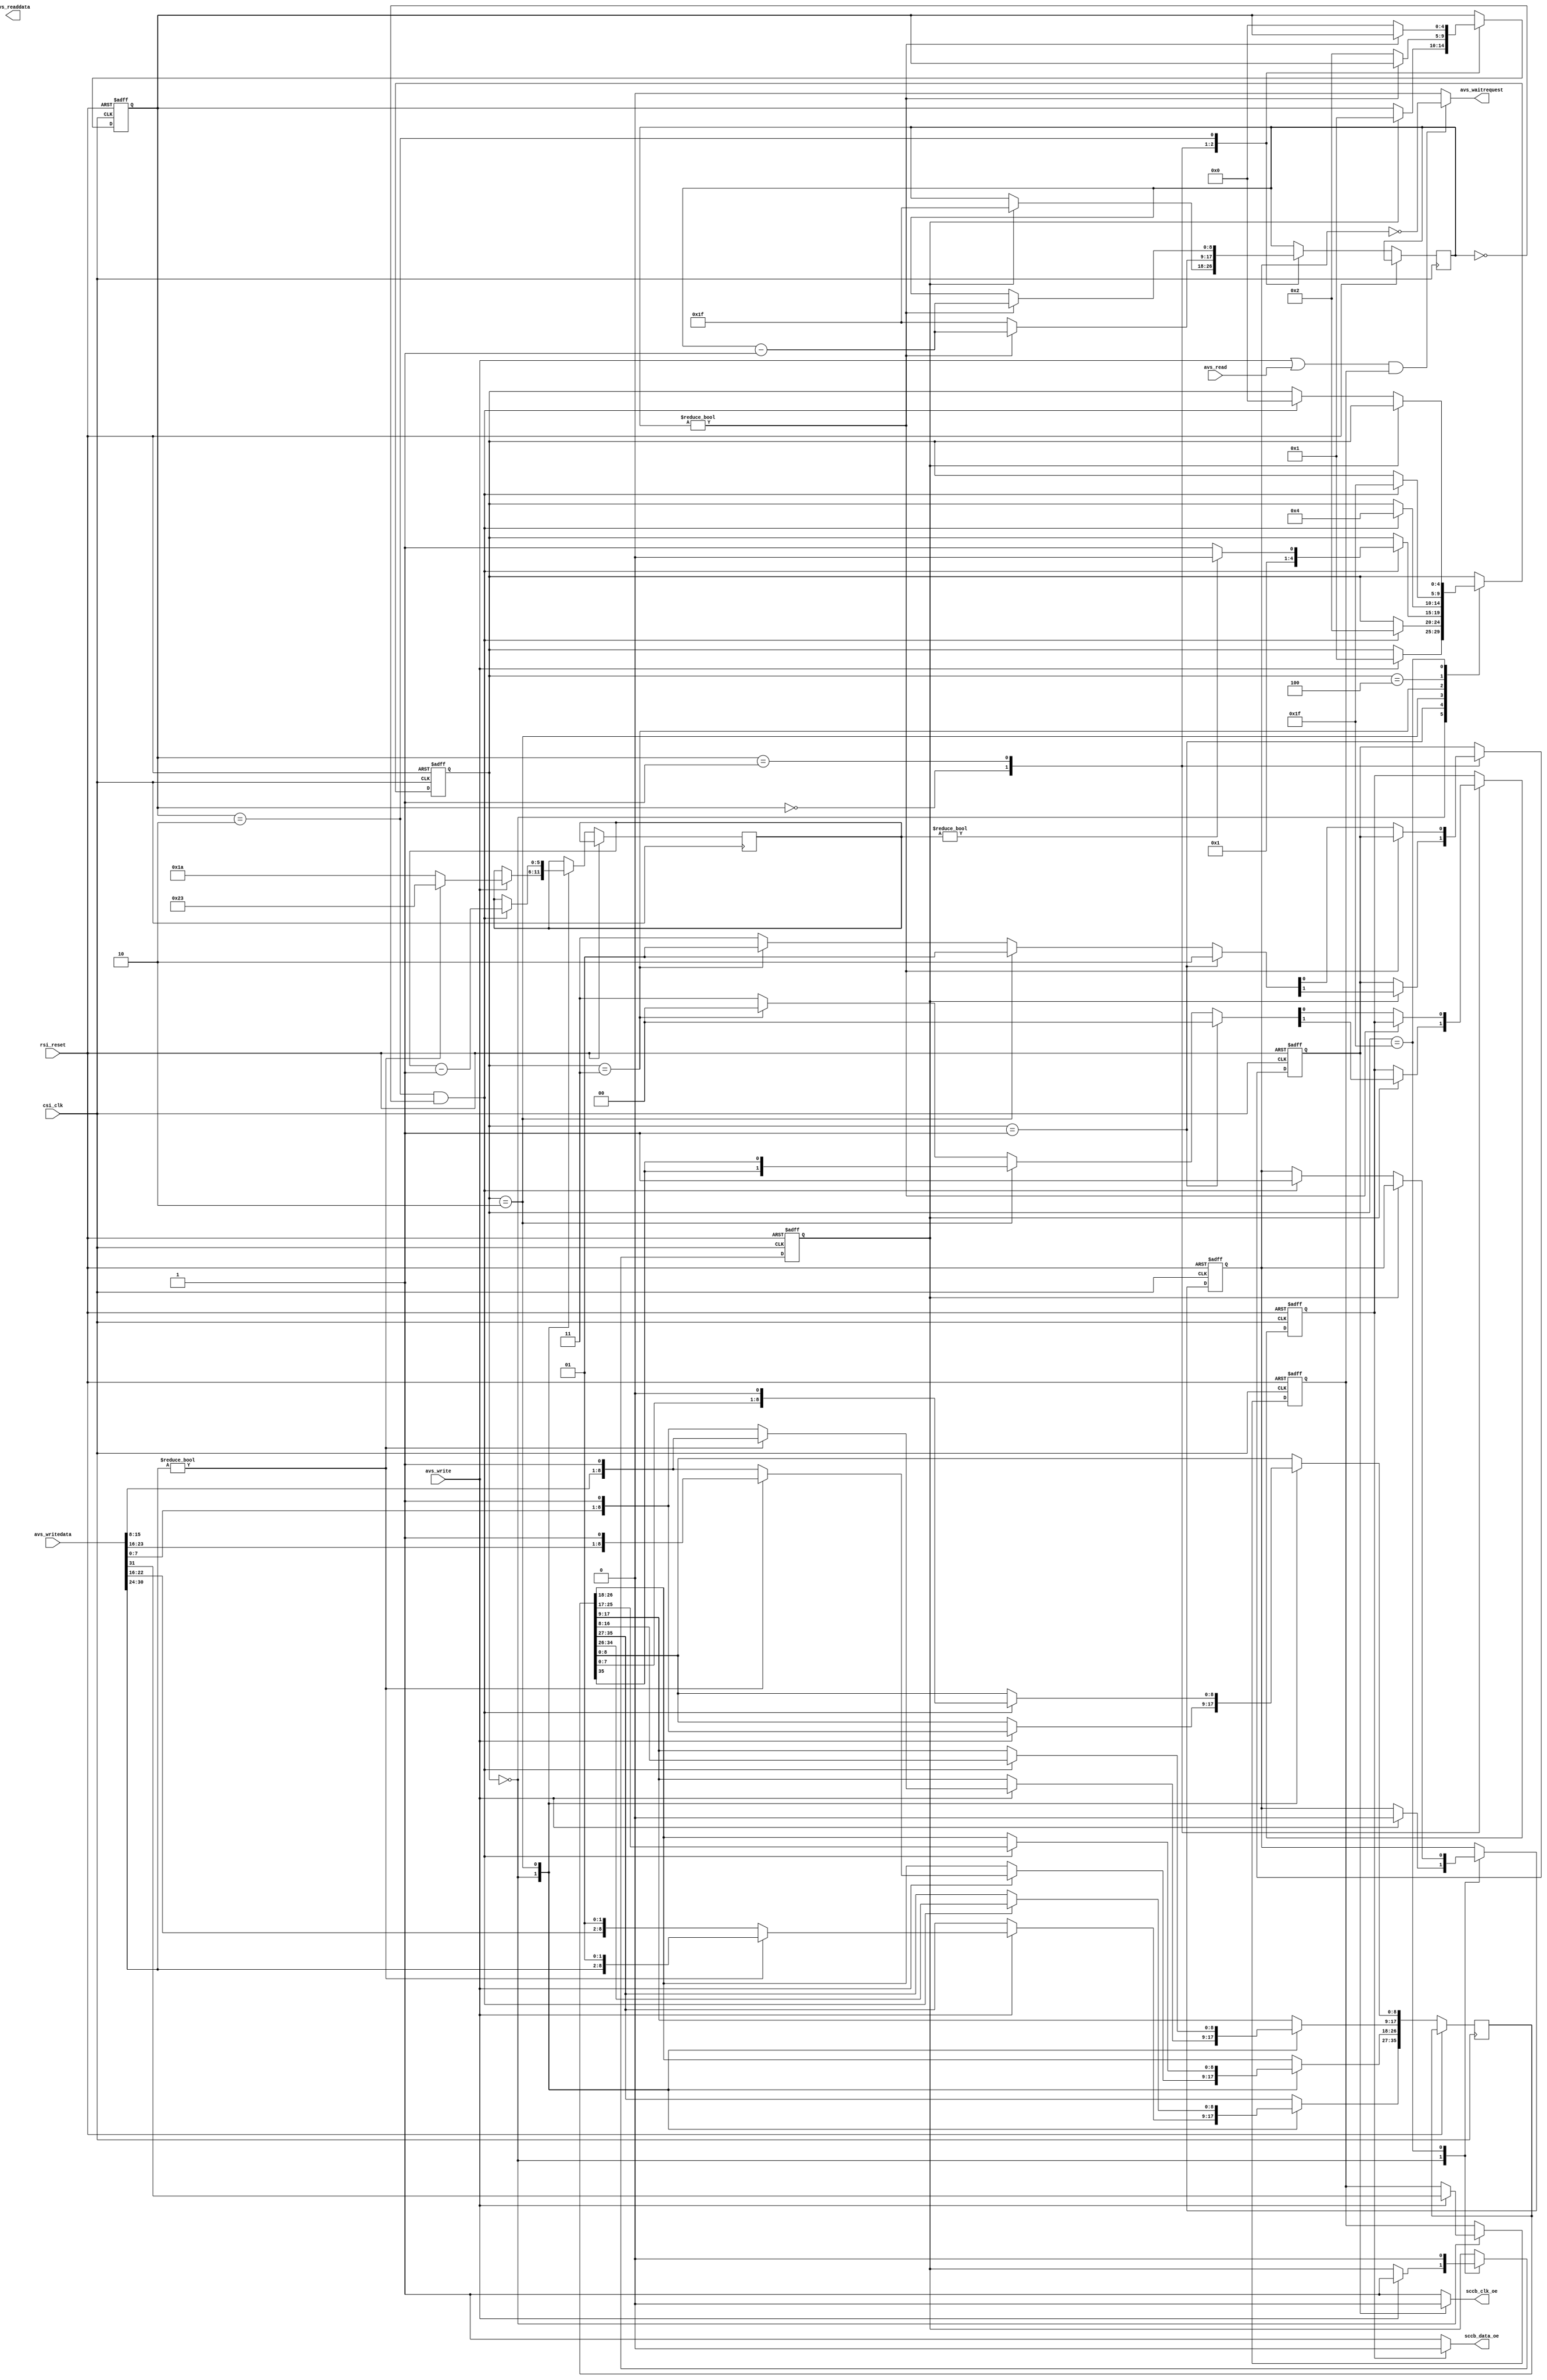
// ===================================================================
// TITLE : PERIDOT-NGS / Simple SCCB host
//
//   DEGISN : S.OSAFUNE (J-7SYSTEM WORKS LIMITED)
//   MODIFY : 2022/12/07 (4-phase write)
//
// ===================================================================
//
// The MIT License (MIT)
// Copyright (c) 2017,2018 J-7SYSTEM WORKS LIMITED.
//
// Permission is hereby granted, free of charge, to any person obtaining a copy of
// this software and associated documentation files (the "Software"), to deal in
// the Software without restriction, including without limitation the rights to
// use, copy, modify, merge, publish, distribute, sublicense, and/or sell copies
// of the Software, and to permit persons to whom the Software is furnished to do
// so, subject to the following conditions:
//
// The above copyright notice and this permission notice shall be included in all
// copies or substantial portions of the Software.
//
// THE SOFTWARE IS PROVIDED "AS IS", WITHOUT WARRANTY OF ANY KIND, EXPRESS OR
// IMPLIED, INCLUDING BUT NOT LIMITED TO THE WARRANTIES OF MERCHANTABILITY,
// FITNESS FOR A PARTICULAR PURPOSE AND NONINFRINGEMENT. IN NO EVENT SHALL THE
// AUTHORS OR COPYRIGHT HOLDERS BE LIABLE FOR ANY CLAIM, DAMAGES OR OTHER
// LIABILITY, WHETHER IN AN ACTION OF CONTRACT, TORT OR OTHERWISE, ARISING FROM,
// OUT OF OR IN CONNECTION WITH THE SOFTWARE OR THE USE OR OTHER DEALINGS IN THE
// SOFTWARE.
//

// reg00(+0)  bit31:waitena(W)/busy(R)
//            bit22-16:devaddr(W), bit15-8:subaddr(W), bit7-0:data(W) : 3-phase write (bit30-24 must be 0)
//            bit30-24:devaddr(W), bit23-8:subaddr(W), bit7-0:data(W) : 4-phase write


// Verilog-2001 / IEEE 1364-2001
`default_nettype none

module peridot_cam_sccb #(
	parameter AVS_CLOCKFREQ			= 25000000,			// peripheral drive clock freq(Hz) - up to 100MHz
	parameter SCCB_CLOCKFREQ		= 400000			// SCCB clock freq(Hz) - 400kHz typ
) (
	// Interface: clk
	input wire			csi_clk,
	input wire			rsi_reset,

	// Interface: Avalon-MM slave
	input wire			avs_read,			// read  0-setup,0-wait,0-hold
	output wire [31:0]	avs_readdata,
	input wire			avs_write,			// write 0-setup,0-wait,0-hold
	input wire  [31:0]	avs_writedata,
	output wire			avs_waitrequest,

	// External Interface
	output wire			sccb_clk_oe,
	output wire			sccb_data_oe
);


/* =====  ========== */



/* -----  ------------------ */

	localparam CLOCK_DIVNUM = ((AVS_CLOCKFREQ + (SCCB_CLOCKFREQ * 2) - 1) / (SCCB_CLOCKFREQ * 2)) - 1;
	localparam DIVCOUNT_WIDTH = 9;

	localparam	STATE_IDLE		= 5'd0,
				STATE_START		= 5'd1,
				STATE_BIT		= 5'd2,
				STATE_STOP		= 5'd3,
				STATE_WAIT		= 5'd4,
				STATE_DONE		= 5'd31;

	localparam	STATE_IO_HOLD	= 5'd0,
				STATE_IO_SET0	= 5'd1,
				STATE_IO_SET1	= 5'd2;


/*  */

/* =====  ====================== */
				/*  */
	wire			reset_sig = rsi_reset;			//  

				/*  */
	wire			clock_sig = csi_clk;			//  

	reg  [4:0]		state_reg;
	reg				ready_reg;
	reg				waitreq_reg;
	reg  [5:0]		bitcount;
	reg				iostart_req_reg;
	reg  [35:0]		txdara_reg;
	wire			begintransaction_sig;
	wire [1:0]		txclk_sig, txdata_sig;


	reg  [4:0]		state_io_reg;
	reg  [DIVCOUNT_WIDTH-1:0] divcount;
	wire			stateio_ack_sig;
	reg				cout_reg, dout_reg;



/* wirereg */

/* =====  ============== */



/* =====  ============== */

	///// Avalon-MM /////

	assign avs_readdata = {~ready_reg, {31{1'bx}}};
	assign avs_waitrequest = ((avs_write || avs_read) && waitreq_reg)? ~ready_reg : 1'b0;


	///// SCCBwrite /////

	assign begintransaction_sig = iostart_req_reg;

	assign txclk_sig = 	(state_reg == STATE_START)?	2'b10 :
						(state_reg == STATE_BIT)?	2'b01 :
						(state_reg == STATE_STOP)?	2'b01 :
						2'b11;
	assign txdata_sig = (state_reg == STATE_START)?	2'b00 :
						(state_reg == STATE_BIT)?	{2{txdara_reg[35]}} :
						(state_reg == STATE_STOP)?	2'b00 :
						2'b11;


	always @(posedge clock_sig or posedge reset_sig) begin
		if (reset_sig) begin
			state_reg <= STATE_IDLE;
			ready_reg <= 1'b1;
			waitreq_reg <= 1'b0;
			iostart_req_reg <= 1'b0;
		end
		else begin
			case (state_reg)

			// Avalon-MM 
			STATE_IDLE : begin
				if (avs_write) begin
					state_reg <= STATE_START;
					ready_reg <= 1'b0;
					iostart_req_reg <= 1'b1;
					waitreq_reg <= avs_writedata[31];
					txdara_reg[8:0] <= {avs_writedata[7:0], 1'b1};

					if (avs_writedata[30:24]) begin		// 4-phase write
						txdara_reg[35:27] <= {avs_writedata[30:24], 2'b01};
						txdara_reg[26:18] <= {avs_writedata[23:16], 1'b1};
						txdara_reg[17: 9] <= {avs_writedata[15: 8], 1'b1};
						bitcount <= 6'd35;
					end
					else begin							// 3-phase write
						txdara_reg[35:27] <= {avs_writedata[22:16], 2'b01};
						txdara_reg[26:18] <= {avs_writedata[15: 8], 1'b1};
						txdara_reg[17: 9] <= {avs_writedata[ 7: 0], 1'b1};
						bitcount <= 6'd26;
					end
				end
			end


			//  
			STATE_START : begin
				if (stateio_ack_sig) begin
					state_reg <= STATE_BIT;
				end
			end

			//  
			STATE_BIT : begin
				if (stateio_ack_sig) begin
					txdara_reg <= {txdara_reg[34:0], 1'b0};
					bitcount <= bitcount - 1'd1;

					if (bitcount) begin
						state_reg <= STATE_BIT;
					end
					else begin
						state_reg <= STATE_STOP;
					end
				end
			end

			//  
			STATE_STOP : begin
				if (stateio_ack_sig) begin
					state_reg <= STATE_WAIT;
				end
			end

			//  
			STATE_WAIT : begin
				if (stateio_ack_sig) begin
					state_reg <= STATE_DONE;
				end
			end

			STATE_DONE : begin
				if (iostart_req_reg) begin
					iostart_req_reg <= 1'b0;
				end
				else if (stateio_ack_sig) begin
					state_reg <= STATE_IDLE;
					ready_reg <= 1'b1;
				end
			end

			endcase
		end
	end



    ///// SCCB1 /////

	assign sccb_clk_oe  = (!cout_reg)? 1'b1 : 1'b0;
	assign sccb_data_oe = (!dout_reg)? 1'b1 : 1'b0;

	assign stateio_ack_sig = (state_io_reg == STATE_IO_SET1 && !divcount);

	always @(posedge clock_sig or posedge reset_sig) begin
		if (reset_sig) begin
			state_io_reg <= STATE_IO_HOLD;
			cout_reg <= 1'b1;
			dout_reg <= 1'b1;
		end
		else begin
			case (state_io_reg)

			STATE_IO_HOLD : begin
				if (begintransaction_sig) begin
					state_io_reg <= STATE_IO_SET0;
					divcount <= CLOCK_DIVNUM[DIVCOUNT_WIDTH-1:0];
					cout_reg <= txclk_sig[1];
					dout_reg <= txdata_sig[1];
				end
			end

			//  
			STATE_IO_SET0 : begin
				if (divcount) begin
					divcount <= divcount - 1'd1;
				end
				else begin
					state_io_reg <= STATE_IO_SET1;
					divcount <= CLOCK_DIVNUM[DIVCOUNT_WIDTH-1:0];
					cout_reg <= txclk_sig[0];
					dout_reg <= txdata_sig[0];
				end
			end

			//  
			STATE_IO_SET1 : begin
				if (divcount) begin
					divcount <= divcount - 1'd1;
				end
				else begin
					state_io_reg <= STATE_IO_HOLD;
				end
			end

			endcase
		end
	end



endmodule